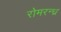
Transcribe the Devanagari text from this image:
रोमरन्ध्र